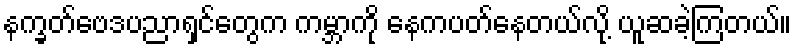
နက္ခတ်ဗေဒပညာရှင်တွေက ကမ္ဘာကို နေကပတ်နေတယ်လို့ ယူဆခဲ့ကြတယ်။